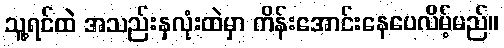
သူ့ရင်ထဲ အသည်းနှလုံးထဲမှာ ကိန်းအောင်းနေပေလိမ့်မည်။